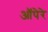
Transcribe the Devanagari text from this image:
ऑपेरे